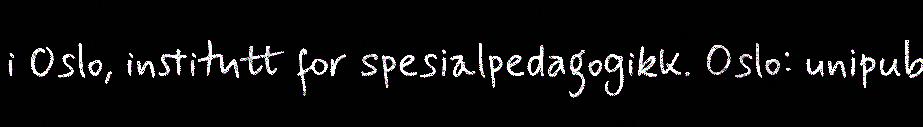
i Oslo, institutt for spesialpedagogikk. Oslo: unipub